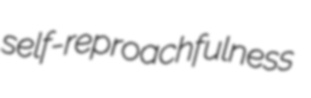
self-reproachfulness